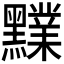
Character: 𪒲